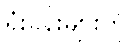
ရုံးခန်းများကို